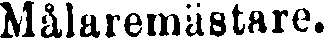
Målaremästare.